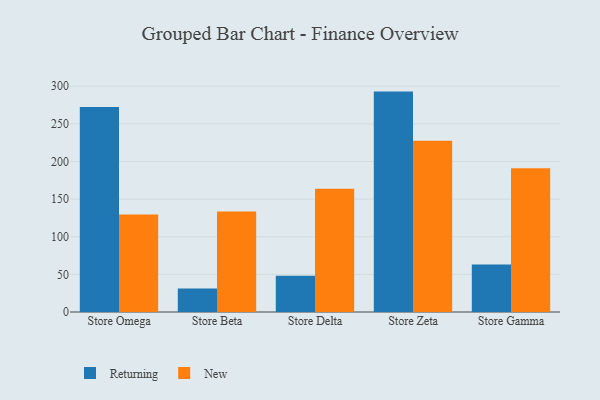
{"axis": {"x": "Store", "y": "Revenue (USD Million)"}, "legend": ["New", "Returning"], "data": [{"x": "Store Omega", "y": 272.3, "type": "Returning"}, {"x": "Store Omega", "y": 129.6, "type": "New"}, {"x": "Store Beta", "y": 31.3, "type": "Returning"}, {"x": "Store Beta", "y": 133.7, "type": "New"}, {"x": "Store Delta", "y": 48.2, "type": "Returning"}, {"x": "Store Delta", "y": 163.8, "type": "New"}, {"x": "Store Zeta", "y": 292.9, "type": "Returning"}, {"x": "Store Zeta", "y": 227.5, "type": "New"}, {"x": "Store Gamma", "y": 63.0, "type": "Returning"}, {"x": "Store Gamma", "y": 191.1, "type": "New"}]}